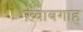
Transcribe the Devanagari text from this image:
ख़्वाबगाह